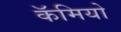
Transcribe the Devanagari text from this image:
कॅमियो